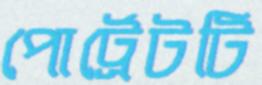
পোর্ট্রেটটি